Vaccination in Burma 1900-1911 - 1900-1911
Year: 1900
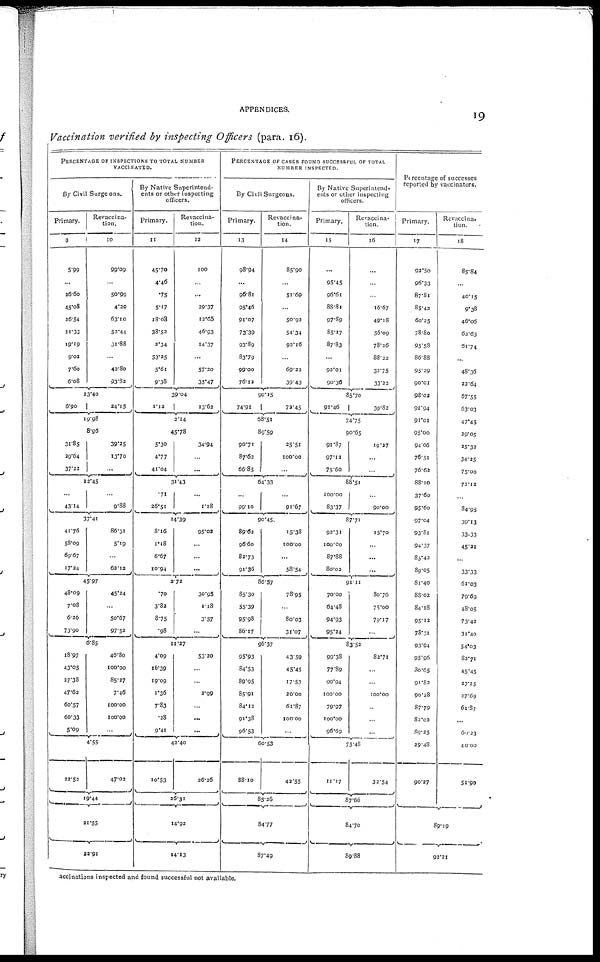
APPENDICES.
19
Vaccination verified by inspecting Officers (para. 16).
PERCENTAGE OF INSPECTIONS TO TOTAL NUMBER
VACCINATED.
By Civil
Primary.
9
5.99
...
26.60
45.08
26.54
21.33
19.19
9.02
7.60
6.08
Surgeons.
Revaccina-
tion.
10
99.09
...
50.99
4.20
63.10
52.44
31.88
...
42.80
93.82
23.40
6.90
24.15
19.98
8.96
31.85
29.64
37.22
39.25
13.70
...
12.45
...
43.14
...
9.88
3.41
41.76
58.09
69.67
17.24
86.31
5.19
...
62.12
45.97
48.09
7.08
6.26
73.90
45.24
...
50.67
97.52
6.85
18.97
43.05
27.38
47.62
60.57
60.33
5.09
46.80
100.00
85.27
7.46
100.00
100.00
...
4.55
22.52
47.02
19.44
21.55
22.91
By Native Superintend-
ents or other inspecting
officers.
Primary.
11
45.70
4.46
.75
5.17
18.03
38.52
2.34
53.25
5.61
9.38
Revacci na-
tion.
12
100
...
...
29.37
12.65
46.93
14.37
...
57.20
35.47
39.04
1.12
13.62
2.14
45.78
5.30
4.77
41.04
34.94
...
...
31.43
.71
26.51
...
1.18
14.39
8.16
1.18
6.67
10.94
95.02
...
...
...
2.72
.70
3.82
8.75
.98
30.95
1.18
3.57
...
11.27
4.09
16.39
19.09
1.36
7.83
.28
9.41
53.20
...
...
2.99
...
...
...
42.40
10.53
26.26
26.31
14.92
14.13
PERCENTAGE OF CASES FOUND SUCCESSFUL OF TOTAL
NUMBER INSPECTED.
By Civil Surgeons.
Primary.
13
98.94
...
96.81
95.46
91.07
73.39
93.89
83.79
99.00
76.12
Revacci na-
tion.
14
85.90
...
51.69
...
50.92
54.34
92.16
...
69.22
39.43
90.15
74.91
72.45
68.51
89.59
90.71
87.62
66.85
25.51
100.00
...
64.33
...
99.10
...
91.67
90.45.
89.62
96.60
82.73
91.36
15.38
100.00
...
58.54
86.57
85.30
55.39
95.98
86.17
78.95
...
80.03
31.07
96.37
95.93
84.53
89.95
85.91
84.12
91.38
96.53
43.59
45.45
17.53
20.00
61.87
100.00
...
60.53
88.10
42.55
85.26
84.77
87.49
By Native Superintend-
ents or other inspecting
officers.
Primary.
15
...
95.45
96.61
88.81
97.89
85.17
87.83
...
92.01
90.36
Revaccina-
tion.
16
...
...
...
16.67
49.18
56.09
78.26
88.22
32.75
33.22
85.70
91.46
39.82
74.75
90.65
91.87
97.11
75.60
19.27
...
...
88.51
100.00
83.37
...
90.00
87.71
92.31
100.00
87.88
80.02
15.70
...
...
...
91.11
70.00
64.48
94.93
95.24
80.76
75.00
79.17
...
83.52
99.38
77.89
99.94
100.00
79.97
100.00
96.69
82.71
...
...
100.00
...
...
...
75.48
11.17
32.54
87.66
84.70
89.88
Percentage of successes
reported by vaccinators.
Primary.
17
92.50
96.33
87.81
85.42
60.25
78.80
95.58
86.88
95.29
90.01
98.02
92.94
91.01
95.00
94.06
76.51
76.62
88.10
37.60
95.60
97.04
93.81
94.37
85.42
89.05
81.40
88.02
84.18
95.12
78.31
93.94
95.96
80.65
91.82
90.28
87.79
82.02
89.25
29.48
90.27
Revacci na-
tion.
18
85.84
...
40.15
9.38
46.06
62.63
61.74
...
48.36
22.64
67.55
63.03
47.45
29.05
25.32
34.25
75.00
72.12
...
84.95
39.13
33.33
45.21
...
33.33
61.03
79.69
48.05
73.42
31.40
54.03
82.71
45.45
27.25
27.69
61.87
...
60.23
40.00
51.90
89.19
92.21
accinations inspected and found successful not available.